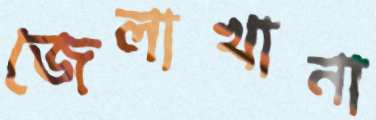
জেলাখানা